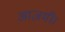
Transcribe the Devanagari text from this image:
आज़मी।